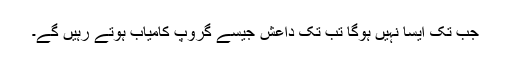
جب تک ایسا نہیں ہوگا تب تک داعش جیسے گروپ کامیاب ہوتے رہیں گے۔